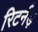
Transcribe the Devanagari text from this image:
रिटर्नड़